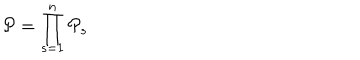
{ \cal P } = \prod _ { s = 1 } ^ { n } { { \cal P } } _ { s }